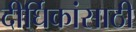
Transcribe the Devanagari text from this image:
दीर्घिकांसाठी